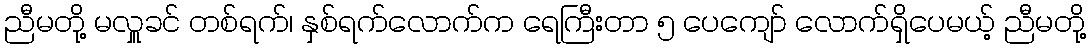
ညီမတို့ မလှူခင် တစ်ရက်၊ နှစ်ရက်လောက်က ရေကြီးတာ ၅ ပေကျော် လောက်ရှိပေမယ့် ညီမတို့